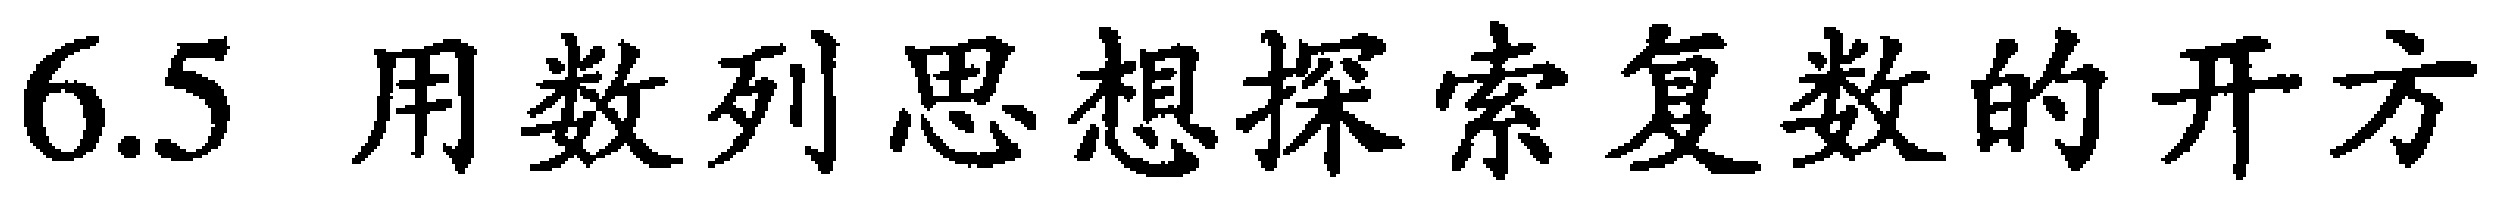
6.5 用数列思想探索复数的开方